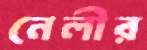
নেলীর